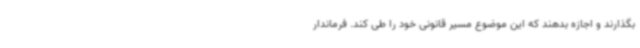
بگذارند و اجازه بدهند که این موضوع مسیر قانونی خود را طی کند. فرماندار